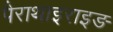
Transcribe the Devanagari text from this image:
पैराथाइराइङ